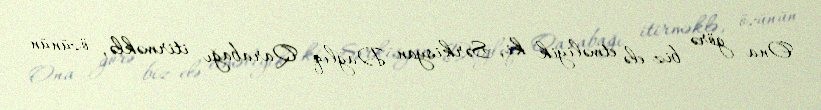
Ona görə biz elə etməliyik ki, Sərkisyan Dağlıq Qarabağı itirməklə, özünün